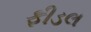
ફીડલ